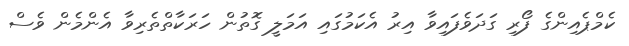
ކެމްޕެއިންގެ ފޯރި ގަދަވެފައިވާ އިރު އެކަމުގައި އަމަލީ ގޮތުން ހަރަކާތްތެރިވާ އެންމެން ވެސް